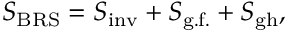
S _ { \mathrm { B R S } } = S _ { \mathrm { i n v } } + S _ { \mathrm { g . f . } } + S _ { \mathrm { g h } } ,